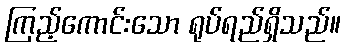
ကြည့်ကောင်းသော ရုပ်ရည်ရှိသည်။